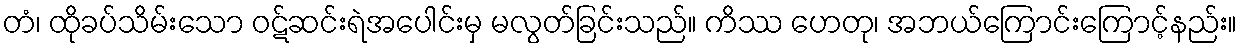
တံ၊ ထိုခပ်သိမ်းသော ဝဋ်ဆင်းရဲအပေါင်းမှ မလွတ်ခြင်းသည်။ ကိဿ ဟေတု၊ အဘယ်ကြောင်းကြောင့်နည်း။